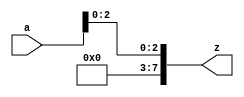
module bug_mika(a,z);
   input [7:0] a;
   output [7:0] z;
   parameter pos = 1;

   assign z = ff(a);

   function [7:0] ff;
      parameter pos2 = pos + 1;
      input [7:0] arg1;
      begin
        ff = arg1[pos2:0];
      end
   endfunction
endmodule